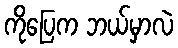
ကိုပြေက ဘယ်မှာလဲ